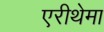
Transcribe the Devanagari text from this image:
एरीथेमा